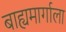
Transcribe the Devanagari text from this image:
बाह्यमार्गाला